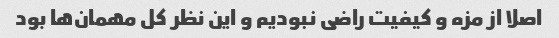
اصلا از مزه و کیفیت راضی نبودیم و این نظر کل مهمان‌ها بود